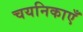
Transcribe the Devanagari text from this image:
चयनिकाएँ